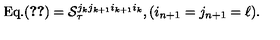
\mathrm { E q . ( \ref { g n - 2 } ) } = { \cal S } _ { \tau } ^ { j _ { k } j _ { k + 1 } i _ { k + 1 } i _ { k } } , ( i _ { n + 1 } = j _ { n + 1 } = \ell ) .